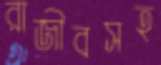
রাজীবসহ